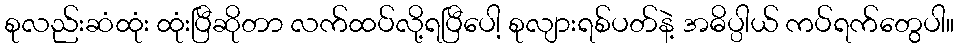
စုလည်းဆံထုံး ထုံးပြီဆိုတာ လက်ထပ်လို့ရပြီပေါ့ စုလျားရစ်ပတ်နဲ့ အဓိပ္ပါယ် ကပ်ရက်တွေပါ။